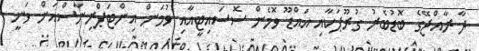
ދާ ރާއްޖޭގެ ބޮޑުބެރު ގުރޫޕަކާއި އައްޑޫ ވޮމެން ސޮސައިޓީއާއި ވުމަން އިންޓަޕްރިނާސްއަށް ވަނީ